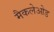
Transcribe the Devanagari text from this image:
मैकलेओड